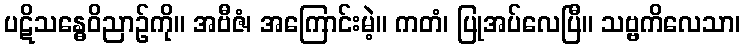
ပဋိသန္ဓေဝိညာဉ်ကို။ အဗီဇံ၊ အကြောင်းမဲ့။ ကတံ၊ ပြုအပ်လေပြီ။ သဗ္ဗကိလေသာ၊